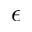
\epsilon